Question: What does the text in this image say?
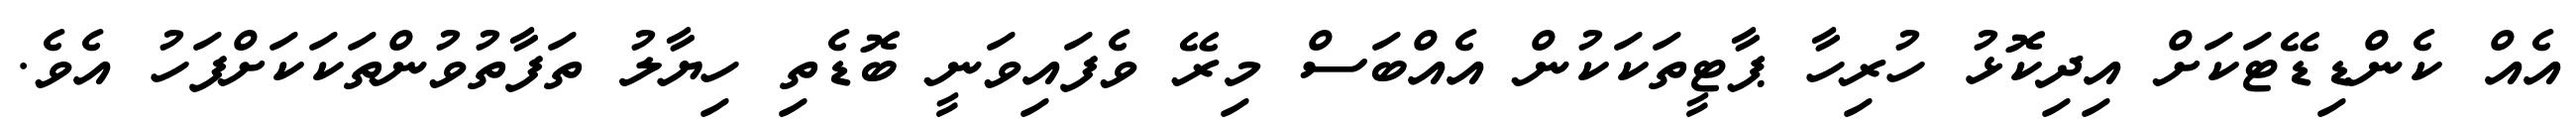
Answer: އެއް ކެންޑިޑޭޓަކަށް އިދިކޮޅު ހުރިހާ ޕާޓީތަކަކުން އެއްބަސް މިރޭ ވެފައިވަނީ ބޮޑެތި ހިޔާލު ތަފާތުވުންތަކަކަށްފަހު އެވެ.